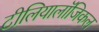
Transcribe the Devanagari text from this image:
टीलियालॉजिकल